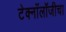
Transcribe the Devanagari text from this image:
टेक्नाँलॉजीचा